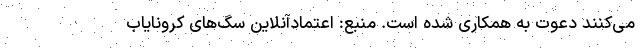
می‌کنند دعوت به همکاری شده است. منبع: اعتمادآنلاین سگ‌های کرونایاب